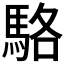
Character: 駱